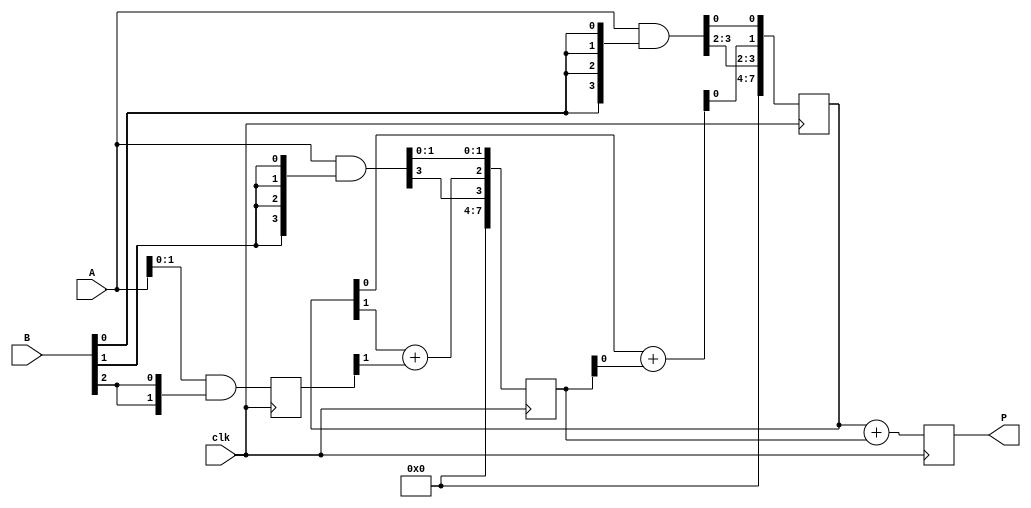
module SynchronousWallaceTreeMultiplier #(parameter N = 4) (
    input clk,
    input [N-1:0] A,
    input [N-1:0] B,
    output reg [2*N-1:0] P
);

    // Intermediate signals for partial products
    wire [N-1:0] pp [0:N-1];
    reg [2*N-1:0] temp [0:N];
    reg [N:0] carry;
    
    // Partial Product Generation
    genvar i, j;
    generate
        for (i = 0; i < N; i = i + 1) begin: partial_products
            assign pp[i] = A & {N{B[i]}};
        end
    endgenerate

    // Wallace tree reduction
    integer stage, k;
    always @(posedge clk) begin
        // Initialize temp storage
        for (k = 0; k < N; k = k + 1) begin
            temp[k] <= {N'b0, pp[k]};
        end

        // Reduce the partial products
        for (stage = 0; stage < N-1; stage = stage + 1) begin
            for (k = 0; k < (N - stage - 1); k = k + 1) begin
                {carry[0], temp[k][k + 1]} <= temp[k][k] + temp[k + 1][k]; // Half adders
                {carry[1], temp[k + 1][k + 2]} <= {carry[0], temp[k][k + 1]} + temp[k + 2][k + 1]; // Full adders
            end
        end
        
        // Final addition
        P <= temp[0] + temp[1]; // Final product calculation
    end

endmodule